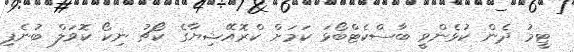
ޓީމު ދެން ކުޅެންވީ ބާސްކެޓްބޯޅަ ކަމަށް ކްރޮއޭޝިޔާގެ ކޯޗު ނިކޯ ކޮވަލް ބުނެފި